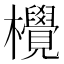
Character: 𪴤